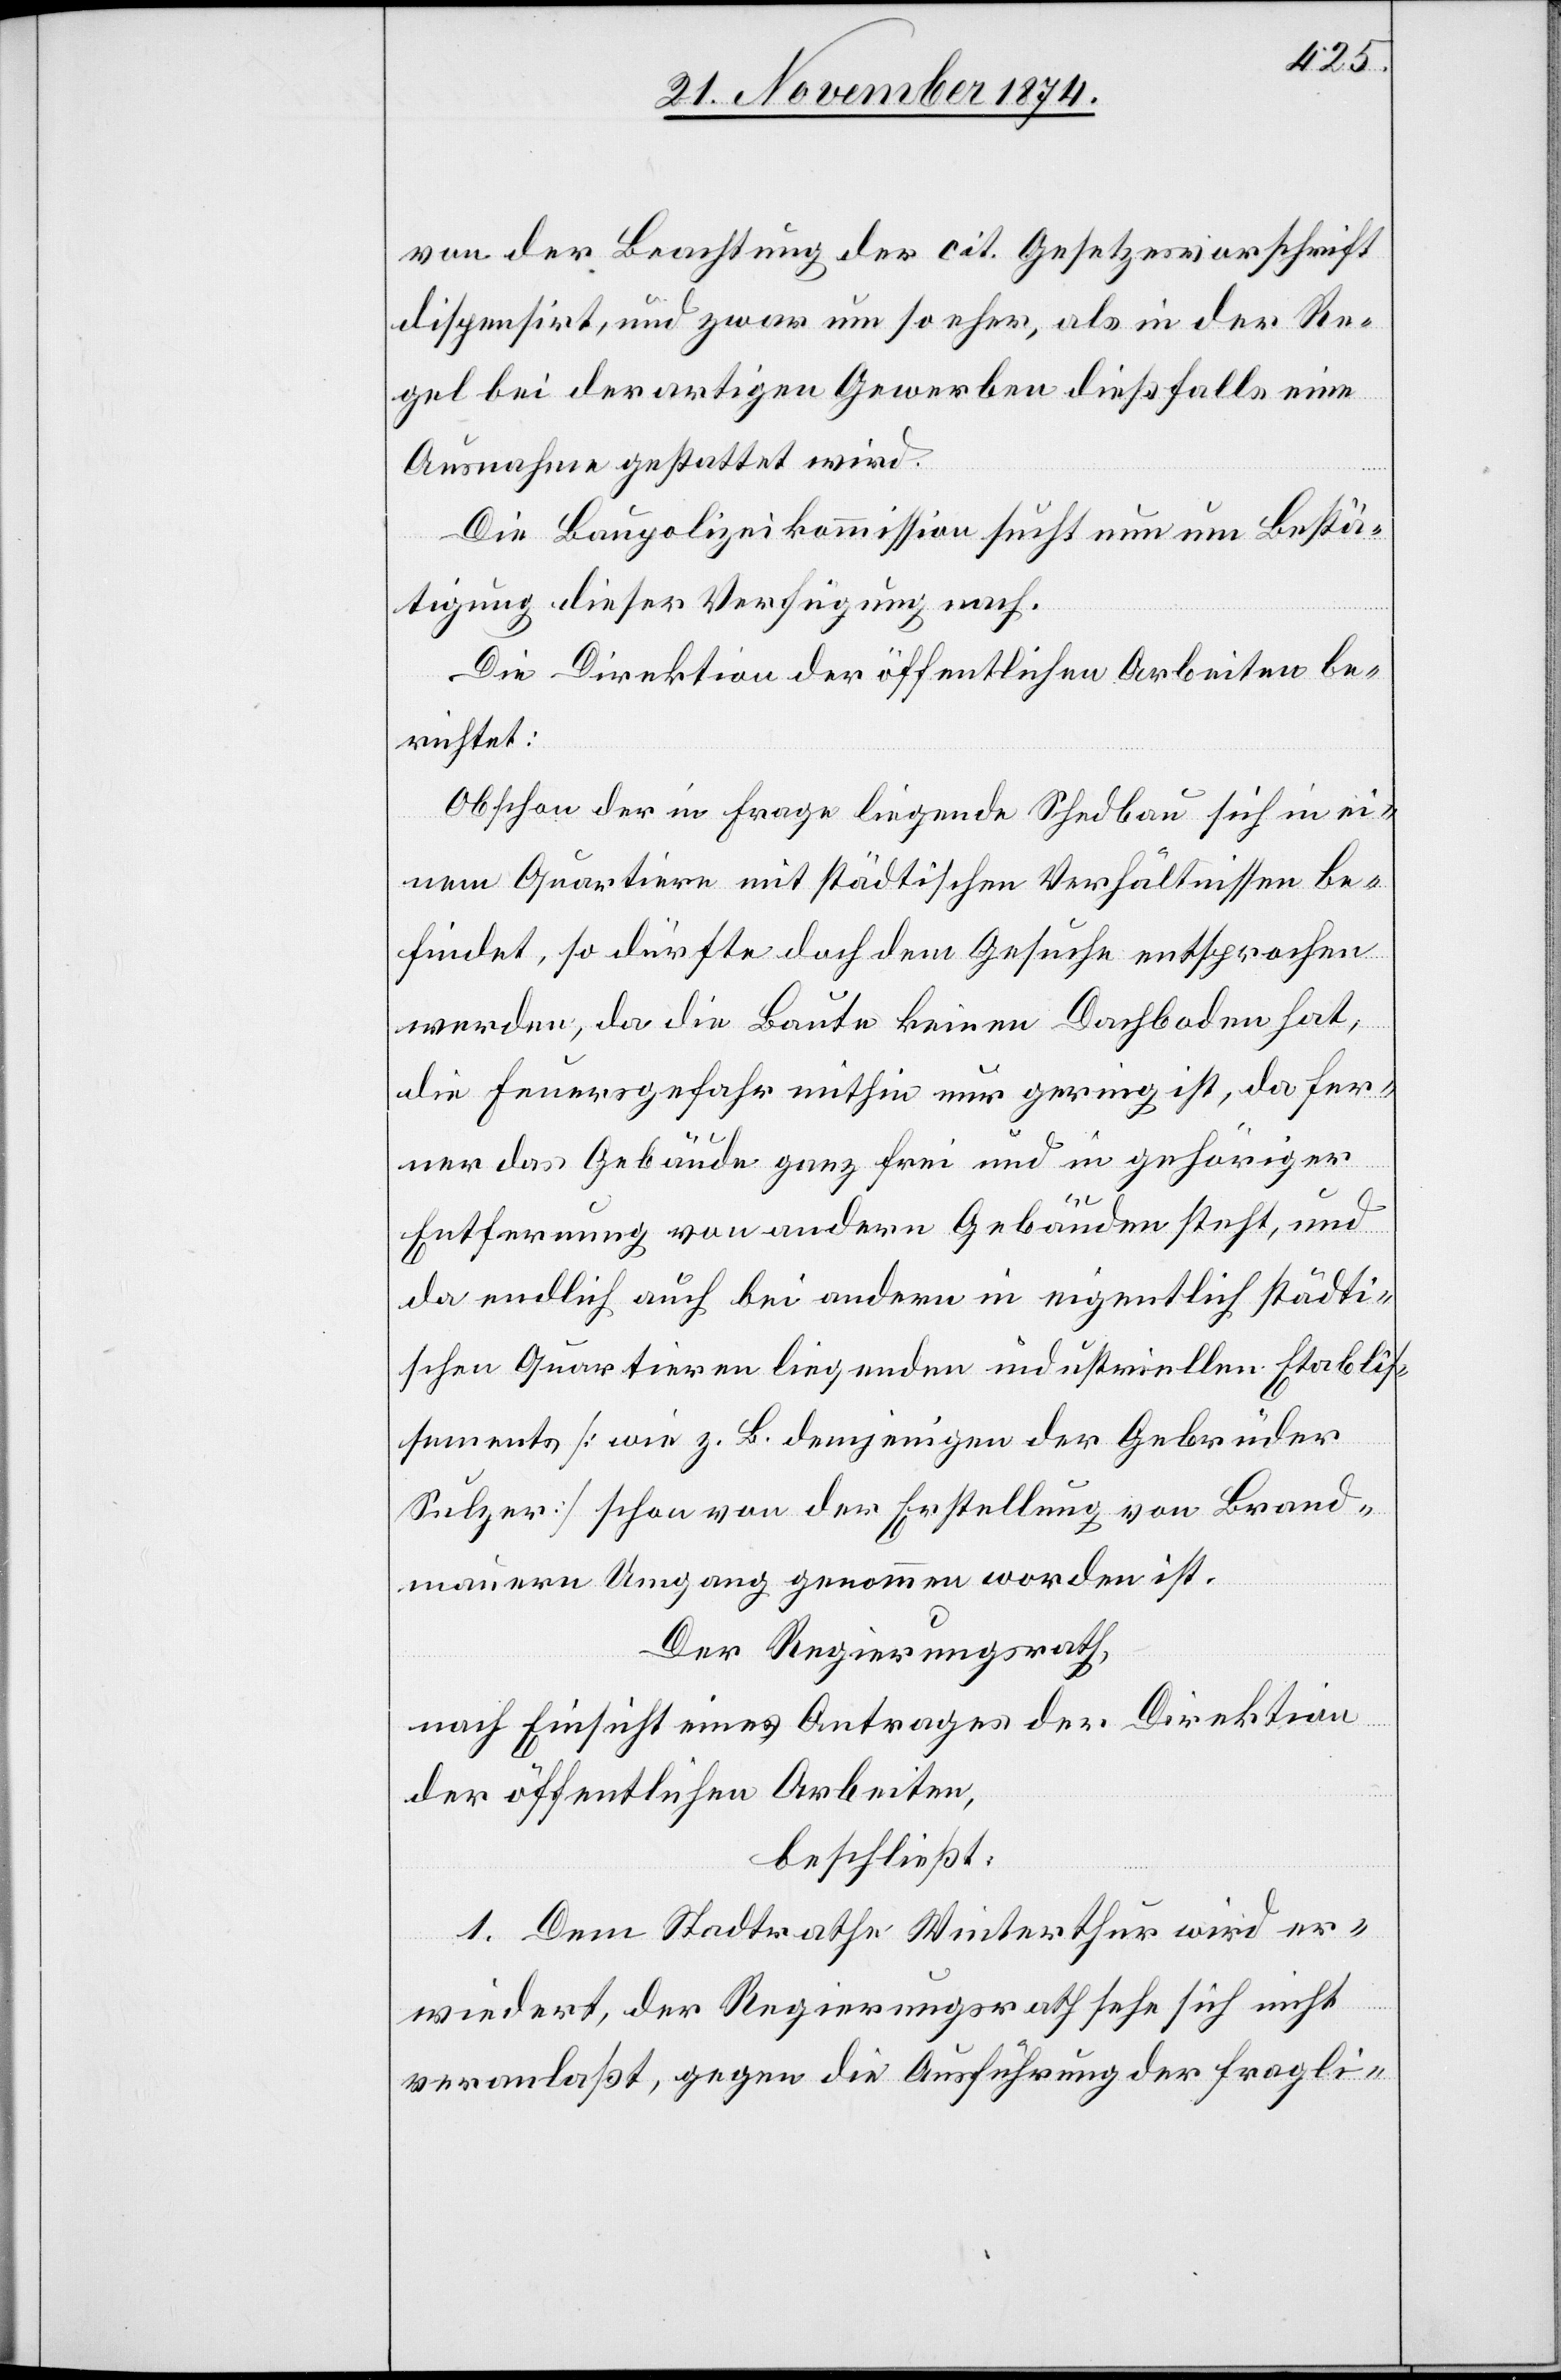
von der Beachtung der cit. Gesetzesvorschrift
dispensirt, und zwar um so eher, als in der Re¬
gel bei derartigen Gewerben dießfalls eine
Ausnahme gestattet wird.
Die Baupolizeikommission sucht nun um Bestä¬
tigung dieser Verfügung nach.
Die Direktion der öffentlichen Arbeiten be¬
richtet:
Obschon der in Frage liegende Shedbau sich in ei¬
nem Quartier mit städtischen Verhältnissen be¬
findet, so dürfte doch dem Gesuche entsprochen
werden, da die Baute keinen Dachboden hat,
die Feuersgefahr mithin nur gering ist, da fer¬
ner das Gebäude ganz frei und in gehöriger
Entfernung von andern Gebäuden steht, und
da endlich auch bei andern in eigentlich städti¬
schen Quertieren liegenden industriellen Etablis¬
sements [wie z. B. denjenigen der Gebrüder
Sulzer] schon von der Erstellung von Brand¬
mauern Umgang genommen worden ist.
Der Regierungsrath,
nach Einsicht eines Antrages der Direktion
der öffentlichen Arbeiten,
beschließt:
1. Dem Stadtrathe Winterthur wird er¬
wiedert, der Regierungsrath sehe sich nicht
veranlaßt, gegen die Ausführung der fragli-